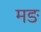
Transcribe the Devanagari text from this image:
मङ